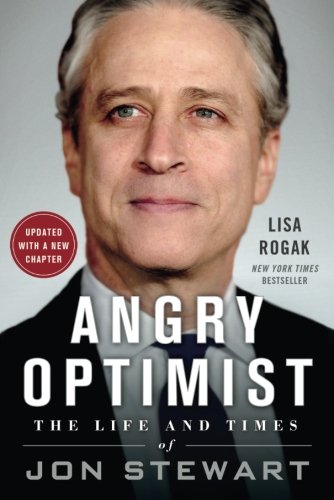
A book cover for Angry Optimist: The Life and Times of Jon Stewart; Lisa Rogak; Biographies & Memoirs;